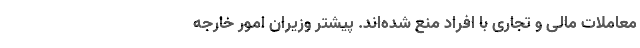
معاملات مالی و تجاری با افراد منع شده‌اند. پیشتر وزیران امور خارجه